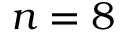
n = 8